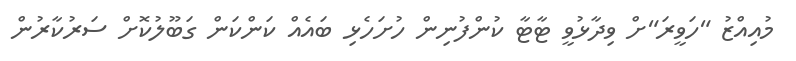
މުއިއްޒު "ހަވީރަ"ށް ވިދާޅުވީ ޓާޓާ ކުންފުނިން ހުށަހެޅި ބައެއް ކަންކަން ގަބޫލުކޮށް ސަރުކާރުން